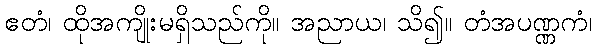
ဧတံ၊ ထိုအကျိုးမရှိသည်ကို။ အညာယ၊ သိ၍။ တံအပဏ္ဏကံ၊